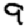
Digit: 9